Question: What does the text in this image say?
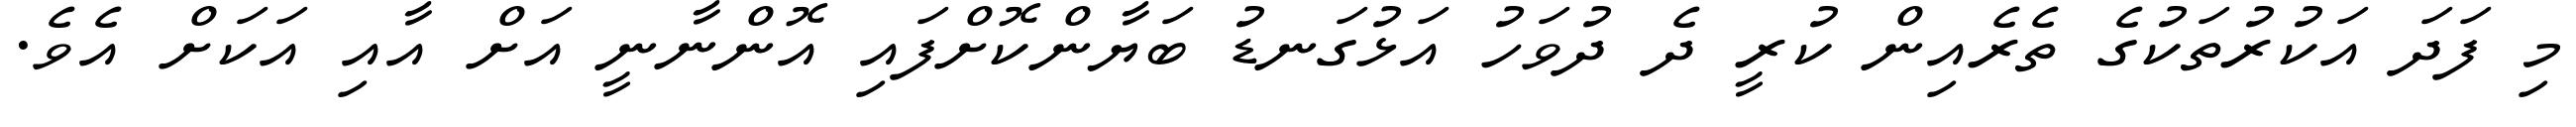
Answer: މި ފަދަ އަކުރުތަކުގެ ތެރެއިން ކުރީ ދެ ދުވަހު އަޅުގަނޑު ބަޔާންކޮށްފައި އޮންނާނީ އަށް އާއި އަކަށް އެވެ.